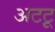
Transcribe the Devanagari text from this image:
अटटू